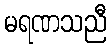
မရဏသညီ